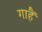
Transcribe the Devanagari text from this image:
गाहैं